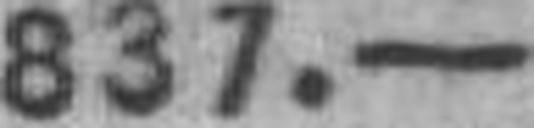
837.—